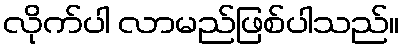
လိုက်ပါ လာမည်ဖြစ်ပါသည်။